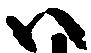
ハ